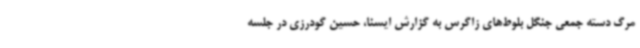
مرگ دسته جمعی جنگل بلوط‌های زاگرس به گزارش ایسنا، حسین گودرزی در جلسه